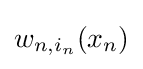
w_{n,i_{n}}(x_{n})